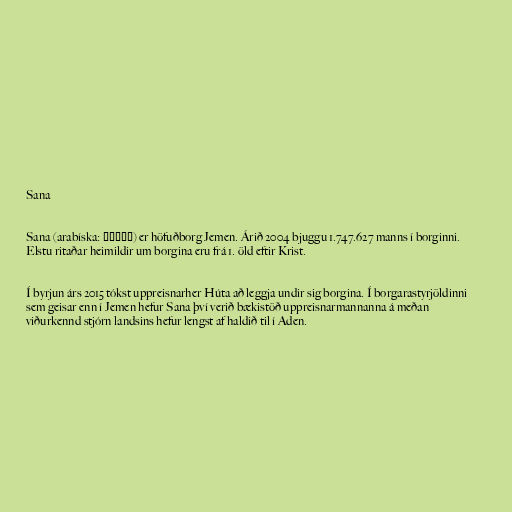
Sana

Sana (arabíska: صنعاء) er höfuðborg Jemen. Árið 2004 bjuggu 1.747.627 manns í borginni.
Elstu ritaðar heimildir um borgina eru frá 1. öld eftir Krist.

Í byrjun árs 2015 tókst uppreisnarher Húta að leggja undir sig borgina. Í borgarastyrjöldinni
sem geisar enn í Jemen hefur Sana því verið bækistöð uppreisnarmannanna á meðan
viðurkennd stjórn landsins hefur lengst af haldið til í Aden.